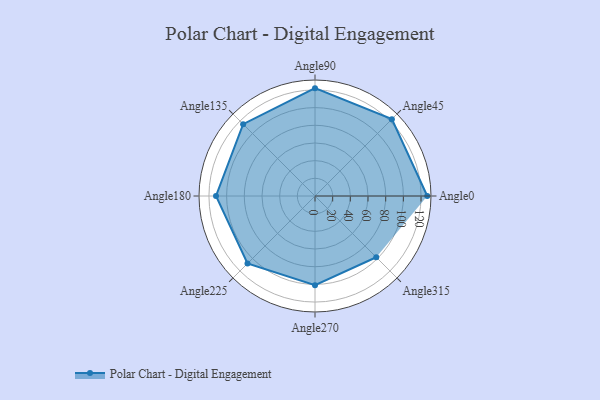
{"axis": {"x": "Angle", "y": "Radius"}, "legend": [""], "data": [{"x": "Angle0", "y": 127.0, "type": ""}, {"x": "Angle45", "y": 123.0, "type": ""}, {"x": "Angle90", "y": 122.0, "type": ""}, {"x": "Angle135", "y": 115.0, "type": ""}, {"x": "Angle180", "y": 112.0, "type": ""}, {"x": "Angle225", "y": 108.0, "type": ""}, {"x": "Angle270", "y": 101.0, "type": ""}, {"x": "Angle315", "y": 98.0, "type": ""}]}